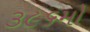
૩૯૬મો